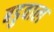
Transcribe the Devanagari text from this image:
बडुवाल